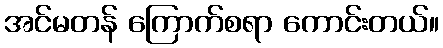
အင်မတန် ကြောက်စရာ ကောင်းတယ်။